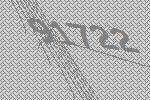
91722